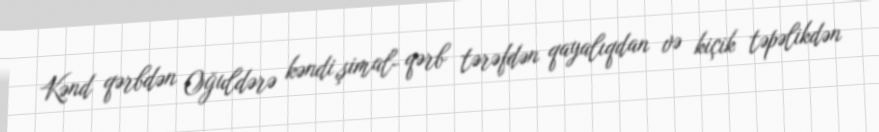
Kənd qərbdən Oğuldərə kəndi,şimal- qərb tərəfdən qayalıqdan və kiçik təpəlikdən